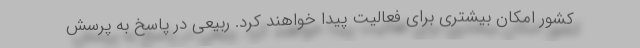
کشور امکان بیشتری برای فعالیت پیدا خواهند کرد. ربیعی در پاسخ به پرسش